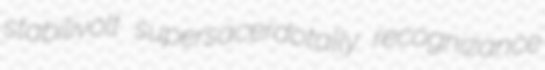
stabilivolt supersacerdotally recognizance